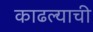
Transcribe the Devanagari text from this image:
काढल्याची